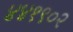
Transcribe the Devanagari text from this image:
४४१९०२